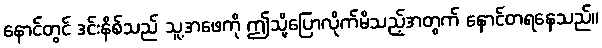
နောင်တွင် ဒင်းနိစ်သည် သူ့အဖေကို ဤသို့ပြောလိုက်မိသည့်အတွက် နောင်တရနေသည်။